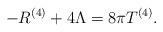
LaTeX: \begin{align*}-R^{(4)}+4\Lambda = 8\pi T^{(4)}. \end{align*}